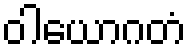
ဝါယောဂတံ